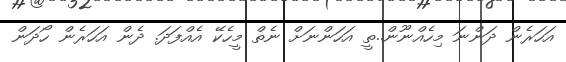
އަހަރެން ދަންނަ މިހެއްނޫން..ތީ އަހަންނަށް ނެތް މީހެކޭ އެއްފަދަ. ދެން އަހަރެން ހޯދަން